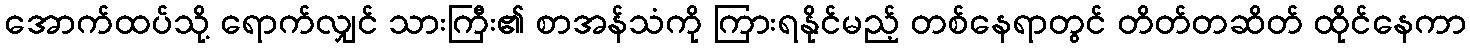
အောက်ထပ်သို့ ရောက်လျှင် သားကြီး၏ စာအန်သံကို ကြားရနိုင်မည့် တစ်နေရာတွင် တိတ်တဆိတ် ထိုင်နေကာ